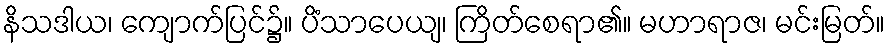
နိသဒါယ၊ ကျောက်ပြင်၌။ ပိံသာပေယျ၊ ကြိတ်စေရာ၏။ မဟာရာဇ၊ မင်းမြတ်။